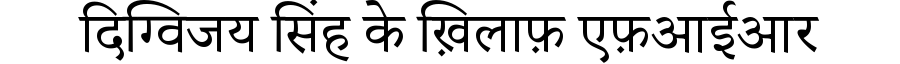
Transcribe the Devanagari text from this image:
दिग्विजय सिंह के ख़िलाफ़ एफ़आईआर